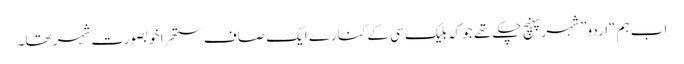
اب ہم “اردو” شہر پہنچ چکے تھے جو کہ بلیک سی کے کنارے ایک صاف ستھرا خوبصورت شہر تھا۔